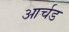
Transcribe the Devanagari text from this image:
आर्चड